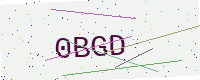
Text: 0BGD